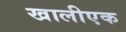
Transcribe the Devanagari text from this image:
खालीएक